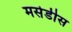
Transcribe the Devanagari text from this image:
मर्सेडीस